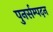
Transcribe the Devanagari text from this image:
पुनर्सम्पदन